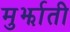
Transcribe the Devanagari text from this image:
मुर्झाती